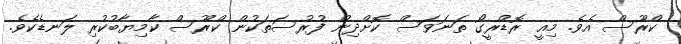
ކްރޫސް އެވެ. މިއީ ރޮޑްރީގޯ ތަނަވަސް ކޮށްދިން ފުރުސަތަކުން ކްރޫސް ކާމިޔާބުކުރި ލަނޑެކެވެ.